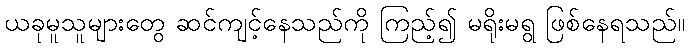
ယခုမူသူများတွေ ဆင်ကျင့်နေသည်ကို ကြည့်၍ မရိုးမရွ ဖြစ်နေရသည်။